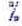
%